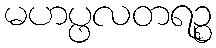
မဟပ္ဖလတရဉ္စ